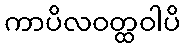
ကာပိလဝတ္ထဝါပိ